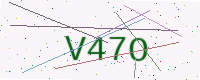
Text: V47O